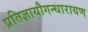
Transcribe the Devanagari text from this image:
प्रतिज्ञायौगन्धारायण